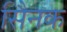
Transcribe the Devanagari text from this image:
सैिनक